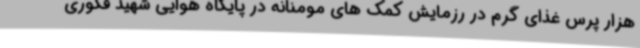
هزار پرس غذای گرم در رزمایش کمک های مومنانه در پایگاه هوایی شهید فکوری